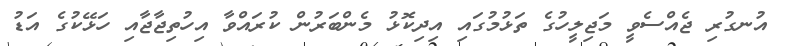
އުނގުރި ޖެއްސެވީ މަޖިލީހުގެ ތަޅުމުގައި އިދިކޮޅު މެންބަރުން ކުރައްވާ އިހުތިޖާޖާއި ހަޅޭކުގެ އަޑު